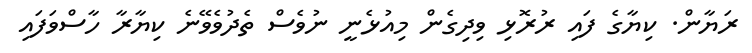
ރަޔާން. ކިޔާގެ ފައި ރުރޮޅި ވިދިގެން މިއުޅެނީ ނުވެސް ތެދުވެވޭނެ ކިޔާރާ ހާސްވަފައި